Annual administration report of the Civil Veterinary Department of India - 1908-1909
Year: 1908
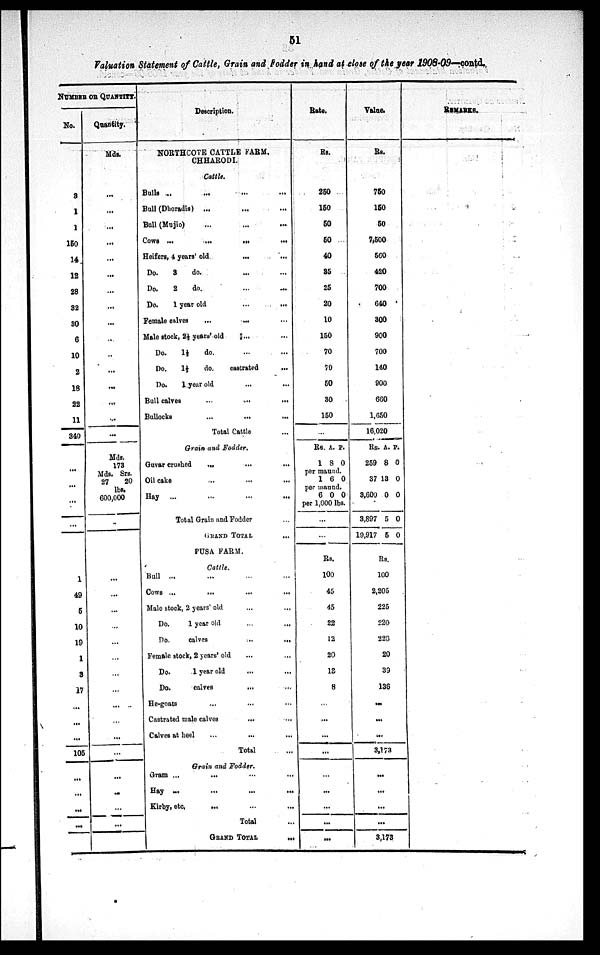
51
Valuation Statement of Cattle, Grain and Fodder in hand at close of the year 1908-09—contd.
NUMBER OR QUANTITY.
No.
3
1
1
150
14
12
28
32
30
6
10
2
18
22
11
340
...
...
...
1
49
5
10
19
1
3
17
...
...
...
105
...
...
...
...
Quantity.
Mds.
...
...
...
...
...
...
...
...
...
...
...
...
...
...
...
Mds.
173
Mds. Srs.
27
20
lbs.
600,000
..
...
...
...
...
...
...
...
...
...
...
...
...
...
...
...
...
Description.
NORTHCOTE CATTLE FARM,
CHHARODI.
Cattle.
Bulls ... ... ...
Bull (Dhoradis) ... ... ...
Bull (Mujio) ... ... ...
Cows
...
...
...
...
Heifers, 4 years' old ... ...
Do.
3
do. ... ...
Do.
2
do. ... ...
Do.
1 year old
...
...
Female calves ...
... ...
Male stock, 2½ years' old ... ...
Do.
1½
do. ... ...
Do.
1½
do.
castrated ...
Do.
1 year old ... ...
Bull calves
...
...
...
Bullocks
...
... ...
Total Cattle
Grain and Fodder.
Guvar crushed
... ... ...
Oil cake ... ... ...
Hay ... ... ... ...
Total Grain and Fodder ...
GRAND
TOTAL
...
PUSA FARM.
Cattle.
Bull ... ... ... ...
COWS ...
...
...
...
Male stock, 2 years' old
Do.
1 year old ... ...
Do.
calves
...
...
Female stock, 2 years' old ... ...
Do.
1 year old
... ...
Do.
calves
... ...
He-goats ... ... ...
Castrated male calves
...
...
Calves at heel ... ... ...
Total ...
Grain and Fodder.
Gram ...
...
Hay ... ... ... ...
Kirby,
etc.
...
...
...
Total ...
GRAND TOTAL ...
Rate.
Rs.
250
150
50
50
40
35
25
20
10
150
70
70
50
30
150
...
Rs.
1
A.
8
P.
0
per maund.
1 6 0
per maund.
6 0 0
per 1,000 lbs.
...
...
Rs.
100
45
45
22
12
20
13
8
...
...
...
...
...
...
...
...
...
Value.
Rs.
750
150
50
7,500
560
420
700
640
300
900
700
140
900
660
1,650
16,020
Rs.
259
37
3,600
3,897
19,917
A.
8
13
0
5
5
P.
0
0
0
0
0
Rs.
100
2,205
225
220
228
20
39
136
...
...
...
3,173
...
...
...
...
3,173
REMARKS.